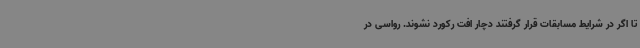
تا اگر در شرایط مسابقات قرار گرفتند دچار افت رکورد نشوند. رواسی در